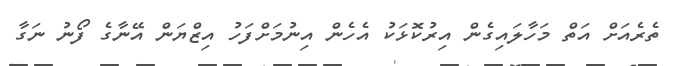
ތެރެއަށް އަތް މަހާލައިގެން އިރުކޮޅަކު އެހެން އިނުމަށްފަހު އިޒްޔަން އޭނާގެ ފޯނު ނަގާ